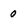
Character: 0